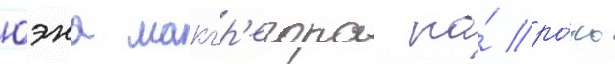
юэна макгр'егора на́ ро́ль